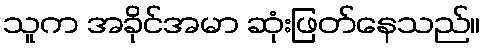
သူက အခိုင်အမာ ဆုံးဖြတ်နေသည်။